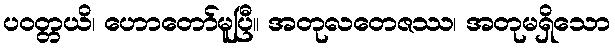
ပဝတ္တယိ၊ ဟောတော်မူပြီ။ အတုလတေဇဿ၊ အတုမရှိသော